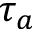
\tau _ { a }